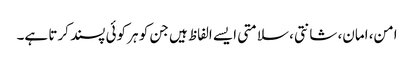
امن، امان، شانتی، سلامتی ایسے الفاظ ہیں جن کو ہر کوئی پسند کرتا ہے۔